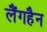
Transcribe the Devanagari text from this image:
लैंगहैन